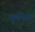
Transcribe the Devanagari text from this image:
कृमिहरं